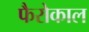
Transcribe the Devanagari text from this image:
फैरोकाल